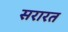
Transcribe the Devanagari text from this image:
सरारत